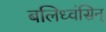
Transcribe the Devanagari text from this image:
बलिध्वंसिन्